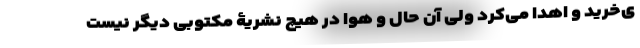
ی‌خرید و اهدا می‌کرد ولی آن حال و هوا در هیچ نشریۀ مکتوبی دیگر نیست